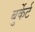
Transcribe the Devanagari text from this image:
बुर्केर्ट